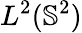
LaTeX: L^{2}(\mathbb{S}^{2})